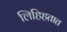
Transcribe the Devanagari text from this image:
लिहिहतात